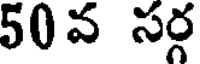
50వ సర్గ